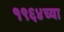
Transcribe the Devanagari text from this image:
१९६४च्या